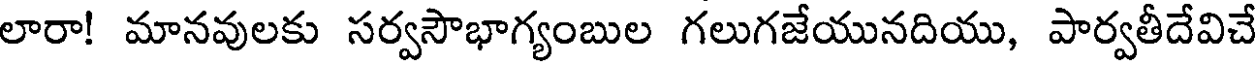
లారా! మానవులకు సర్వసౌభాగ్యంబుల గలుగజేయునదియు, పార్వతీదేవిచే